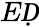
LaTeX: EḌ